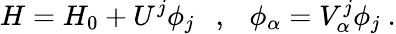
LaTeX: H=H_{0}+U^{j}\phi_{j}\ \ \ ,\ \ \ \phi_{\alpha}=V_{\alpha}^{j}\phi_{j}\ .